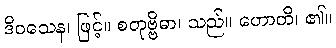
ဒိဝသေန၊ ဖြင့်။ စတုဗ္ဗိဓာ၊ သည်။ ဟောတိ၊ ၏။